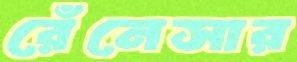
রেঁনেসার